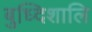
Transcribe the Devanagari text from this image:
बुध्दिशालि